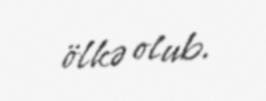
ölkə olub.